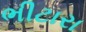
ભીટારા